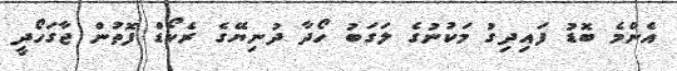
އެންމެ ބޮޑު ފައިދިގު މަކުނުގެ ލަގަބު ހޯދާ ދުނިޔޭގެ ރެކޯޑް ފޮތުން ޖާގަހޯދީ